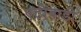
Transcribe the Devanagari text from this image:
एटीबाडी